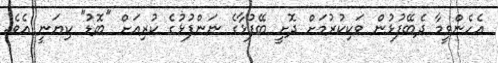
އެހެންވީމާ ދެބޭފުޅުން ވަކިކުރުމަށް ދޮށީ ބޭފުޅާގެ ނަންފުޅުގެ ކުރިއަށް "ބޮޑު" ކިޔަނީ އެވެ.